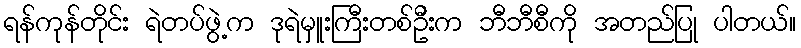
ရန်ကုန်တိုင်း ရဲတပ်ဖွဲ့က ဒုရဲမှူးကြီးတစ်ဦးက ဘီဘီစီကို အတည်ပြု ပါတယ်။